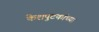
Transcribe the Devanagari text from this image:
केशपुटकांच्या